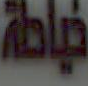
خياطة